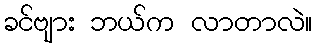
ခင်ဗျား ဘယ်က လာတာလဲ။